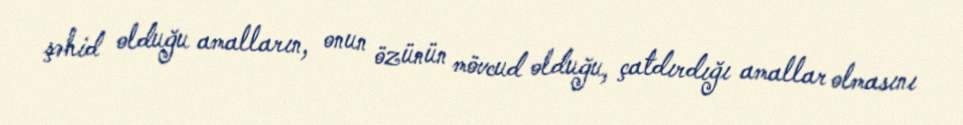
şəhid olduğu amalların, onun özünün mövcud olduğu, çatdırdığı amallar olmasını